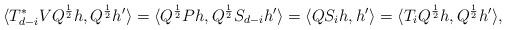
LaTeX: \begin{align*}\langle T_{d-i}^*VQ^\frac{1}{2}h,Q^\frac{1}{2}h' \rangle=\langle Q^\frac{1}{2}Ph,Q^\frac{1}{2}S_{d-i}h' \rangle= \langle QS_ih,h'\rangle=\langle T_iQ^\frac{1}{2}h,Q^\frac{1}{2}h'\rangle,\end{align*}